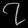
Digit: ၇